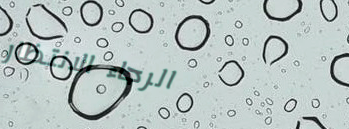
الرجاء الانتظار